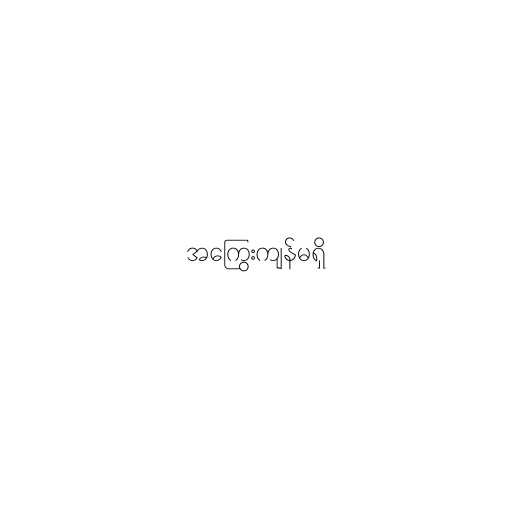
အကြွေးကျန်မရှိ